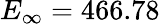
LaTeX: E_{\infty}=466.78